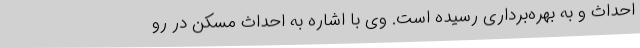
احداث و به بهره‌برداری رسیده است. وی با اشاره به احداث مسکن در رو